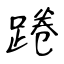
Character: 踡